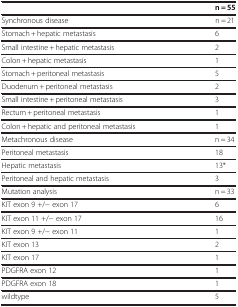
|  | n = 55 |
 | --- | --- |
 | Synchronous disease | n = 21 |
 | Stomach + hepatic metastasis | 6 |
 | Small intestine + hepatic metastasis | 2 |
 | Colon + hepatic metastasis | 1 |
 | Stomach + peritoneal metastasis | 5 |
 | Duodenum + peritoneal metastasis | 2 |
 | Small intestine + peritoneal metastasis | 3 |
 | Rectum + peritoneal metastasis | 1 |
 | Colon + hepatic and peritoneal metastasis | 1 |
 | Metachronous disease | n = 34 |
 | Peritoneal metastasis | 18 |
 | Hepatic metastasis | 13* |
 | Peritoneal and hepatic metastasis | 3 |
 | Mutation analysis | n = 33 |
 | KIT exon 9 +/− exon 17 | 6 |
 | KIT exon 11 +/− exon 17 | 16 |
 | KIT exon 9 +/− exon 11 | 1 |
 | KIT exon 13 | 2 |
 | KIT exon 17 | 1 |
 | PDGFRA exon 12 | 1 |
 | PDGFRA exon 18 | 1 |
 | wildtype | 5 |